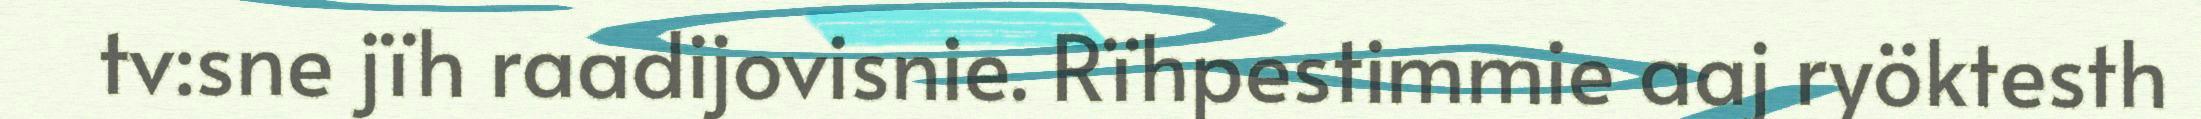
tv:sne jïh raadijovisnie. Rïhpestimmie aaj ryöktesth